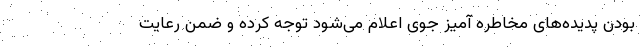
بودن پدیده‌های مخاطره آمیز جوی اعلام می‌شود توجه کرده و ضمن رعایت